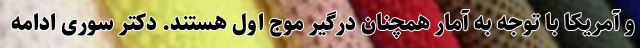
و آمریکا با توجه به آمار همچنان درگیر موج اول هستند. دکتر سوری ادامه